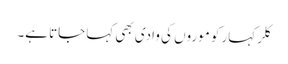
کلر کہار کو موروں کی وادی بھی کہا جاتا ہے۔